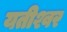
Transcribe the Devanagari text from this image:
यतीश्वर